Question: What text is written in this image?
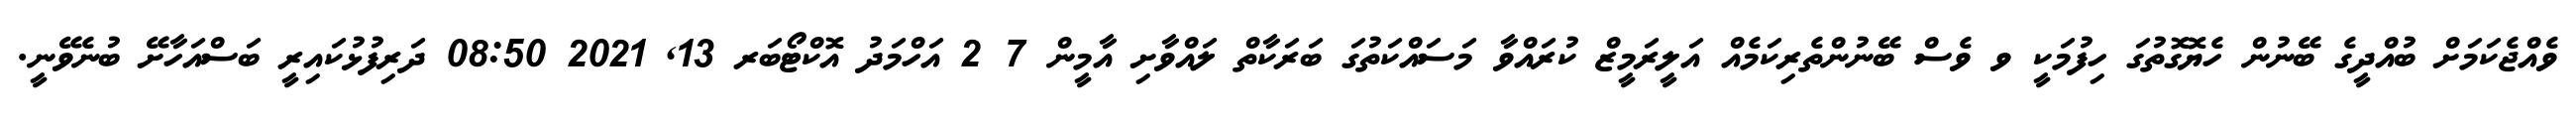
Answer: ވެއްޖެކަމަށް ބުއްދީގެ ބޭނުން ހެޔޮގޮތުގަ ހިފުމަކީ ވ ވެސް ބޭނުންތެރިކަމެއް އަލީރަމީޒް ކުރައްވާ މަސައްކަތުގަ ބަރަކާތް ލައްވާށި އާމީން 7 2 އަހްމަދު އޮކްޓޯބަރ 13, 2021 08:50 ދަރިފުޅުކައިރީ ބަސްއަހާށޭ ބުނެވޭނީ.